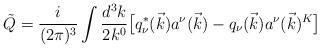
LaTeX: \begin{align*}\tilde{Q}=\frac{i}{(2 \pi)^3} \int \frac{d^3 k}{2 k^0} \bigl[ q_\nu^* (\vec{k}) a^\nu (\vec{k}) -q_\nu (\vec{k}) a^\nu (\vec{k})^K \bigr] \end{align*}